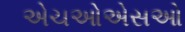
એચઓએસઓ